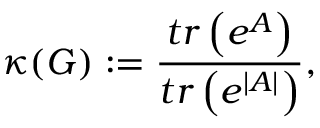
\kappa ( G ) : = \frac { t r \left( e ^ { A } \right) } { t r \left( e ^ { \left| A \right| } \right) } ,